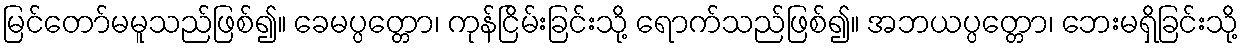
မြင်တော်မမူသည်ဖြစ်၍။ ခေမပ္ပတ္တော၊ ကုန်ငြိမ်းခြင်းသို့ ရောက်သည်ဖြစ်၍။ အဘယပ္ပတ္တော၊ ဘေးမရှိခြင်းသို့